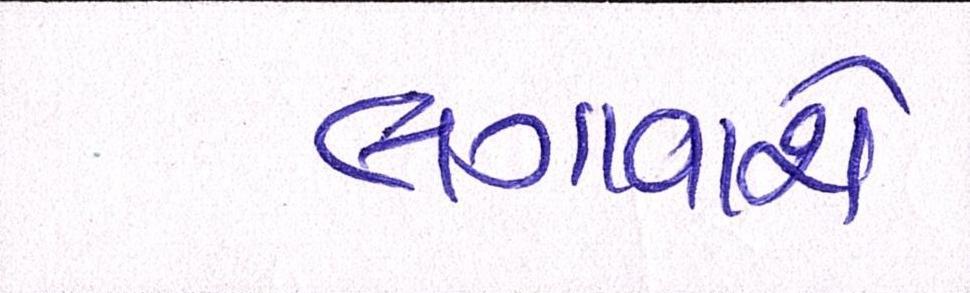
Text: લગાવાશે